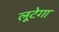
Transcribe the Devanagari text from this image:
लूटेगा